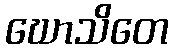
ဃောသိတေ